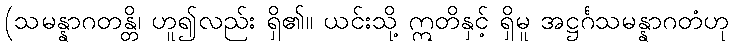
(သမန္နာဂတန္တိ၊ ဟူ၍လည်း ရှိ၏။ ယင်းသို့ ဣတိနှင့် ရှိမူ အဋ္ဌင်္ဂသမန္နာဂတံဟု